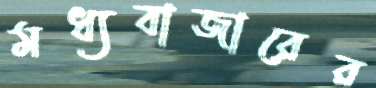
মধ্যবাজারের